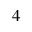
4